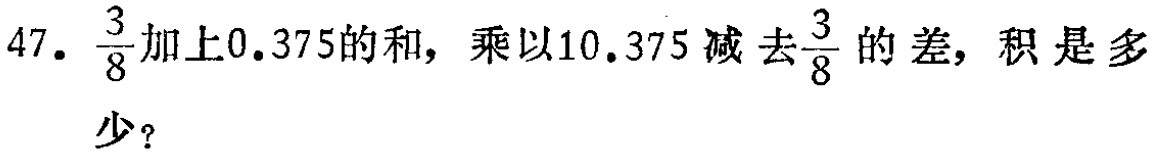
47. $\frac{3}{8}$加上$0.375$的和，乘以$10.375$减去$\frac{3}{8}$的差，积是多少？